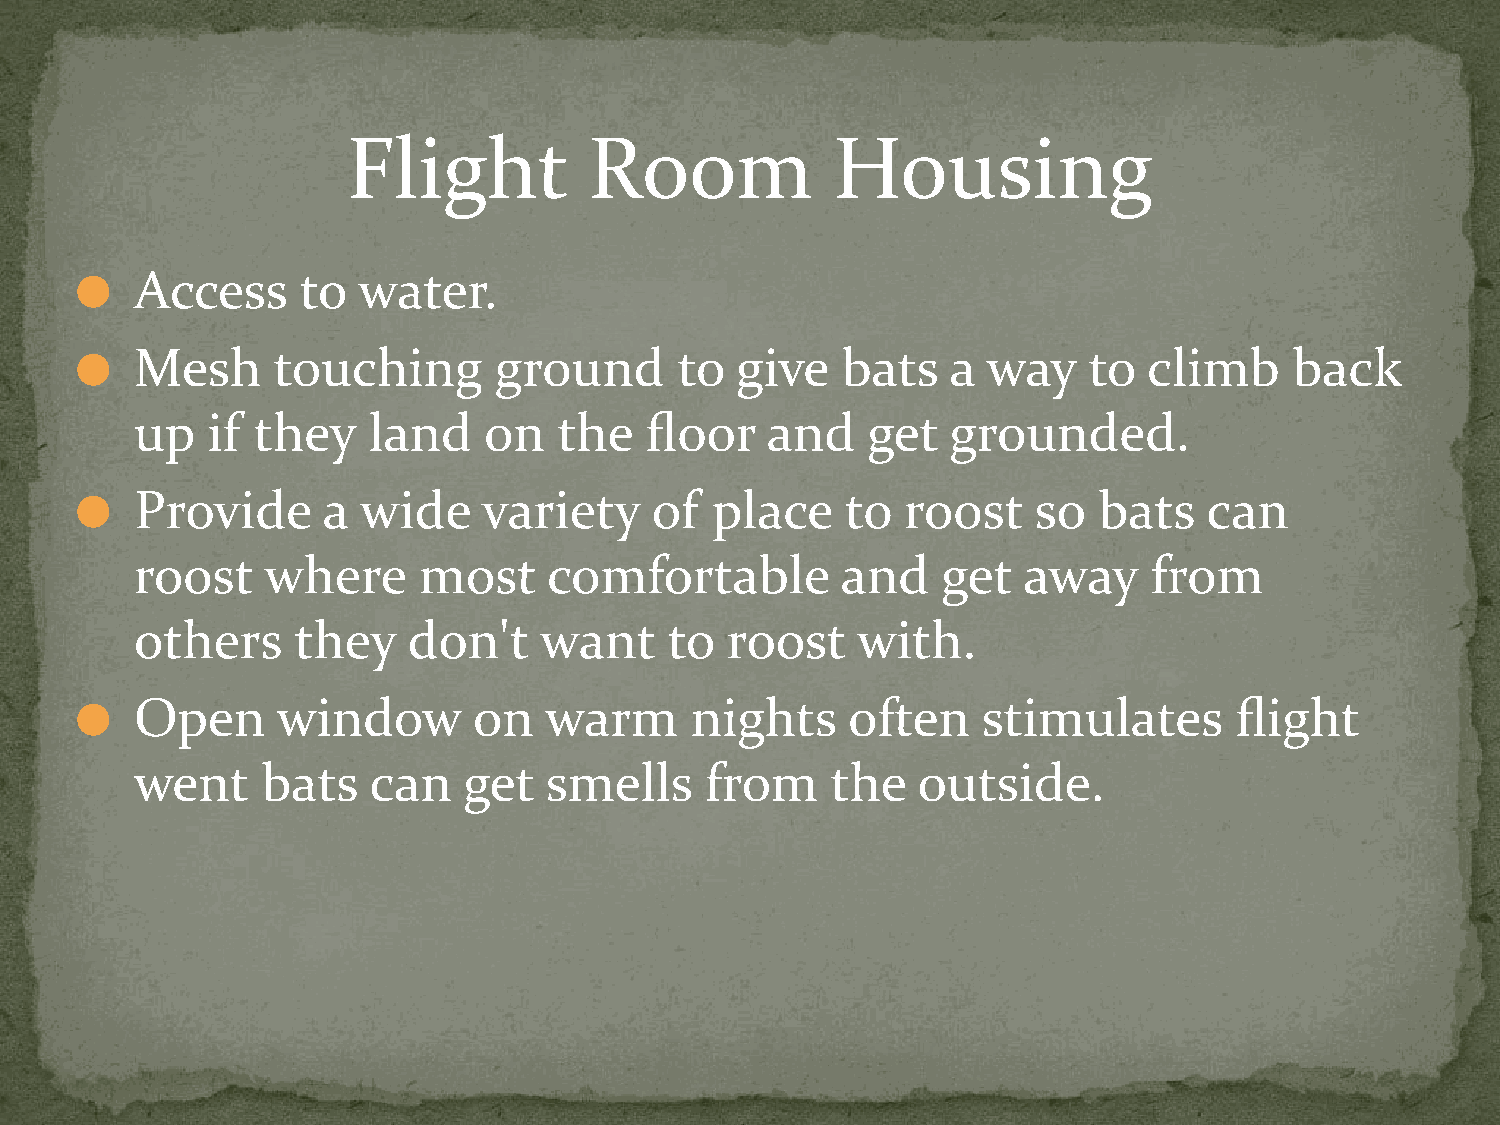
Flight          Room            Housing
 Access     to  water.
 ⚫
 Mesh     touching       ground      to  give   bats   a way    to  climb     back
 ⚫
 up   if they   land    on   the   floor   and   get   grounded.
 Provide     a  wide    variety    of  place    to  roost    so  bats   can
 ⚫
 roost    where     most    comfortable         and   get   away    from
 others    they    don't    want    to  roost    with.
 Open     window       on   warm      nights    often    stimulates       flight
 ⚫
 went    bats   can    get  smells     from    the   outside.